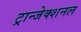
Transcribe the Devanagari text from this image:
ट्रान्जेक्शनल